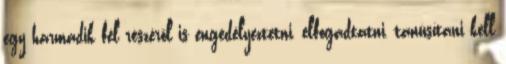
egy harmadik fél részérõl is engedélyeztetni, elfogadtatni, tanúsítani kell